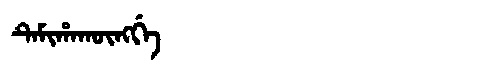
Manchu: ᡨᡝᠮᡳᡥᠠᡴᡡᠩᡤᡝ
Romanization: TEMIHAKŪNGGE